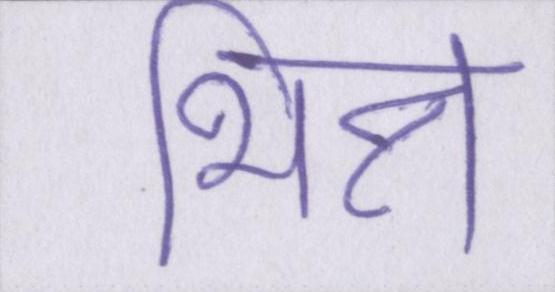
भिन्न